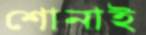
শোনাই